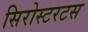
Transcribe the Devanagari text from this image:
सिरोस्टरटस